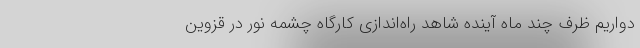
دواریم ظرف چند ماه آینده شاهد راه‌اندازی کارگاه چشمه نور در قزوین